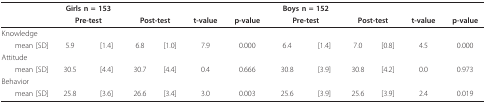
<table><thead><tr><td></td><td colspan="2"><b>Girls n = 153</b></td><td></td><td></td><td></td><td></td><td colspan="2"><b>Boys n = 152</b></td><td></td><td></td><td></td><td></td></tr><tr><td></td><td colspan="2"><b>Pre-test</b></td><td colspan="2"><b>Post-test</b></td><td><b>t-value</b></td><td><b>p-value</b></td><td colspan="2"><b>Pre-test</b></td><td colspan="2"><b>Post-test</b></td><td><b>t-value</b></td><td><b>p-value</b></td></tr></thead><tbody><tr><td>Knowledge</td><td></td><td></td><td></td><td></td><td></td><td></td><td></td><td></td><td></td><td></td><td></td><td></td></tr><tr><td>mean [SD]</td><td>5.9</td><td>[1.4]</td><td>6.8</td><td>[1.0]</td><td>7.9</td><td>0.000</td><td>6.4</td><td>[1.4]</td><td>7.0</td><td>[0.8]</td><td>4.5</td><td>0.000</td></tr><tr><td>Attitude</td><td></td><td></td><td></td><td></td><td></td><td></td><td></td><td></td><td></td><td></td><td></td><td></td></tr><tr><td>mean [SD]</td><td>30.5</td><td>[4.4]</td><td>30.7</td><td>[4.4]</td><td>0.4</td><td>0.666</td><td>30.8</td><td>[3.9]</td><td>30.8</td><td>[4.2]</td><td>0.0</td><td>0.973</td></tr><tr><td>Behavior</td><td></td><td></td><td></td><td></td><td></td><td></td><td></td><td></td><td></td><td></td><td></td><td></td></tr><tr><td>mean [SD]</td><td>25.8</td><td>[3.6]</td><td>26.6</td><td>[3.4]</td><td>3.0</td><td>0.003</td><td>25.6</td><td>[3.9]</td><td>25.6</td><td>[3.9]</td><td>2.4</td><td>0.019</td></tr></tbody></table>